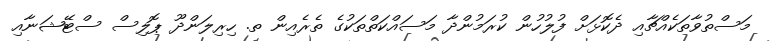
މަސްތުވާތަކެއްޗާއި ދެކޮޅަށް ފުލުހުން ކުރަމުންދާ މަސައްކަތްތަކުގެ ތެރެއިން ތ. ހިރިލަންދޫ ޕޮލިސް ސްޓޭޝަނާއި